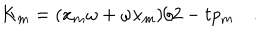
LaTeX: K _ { m } = ( x _ { m } \omega + \omega x _ { m } ) / 2 - t p _ { m } ~ .